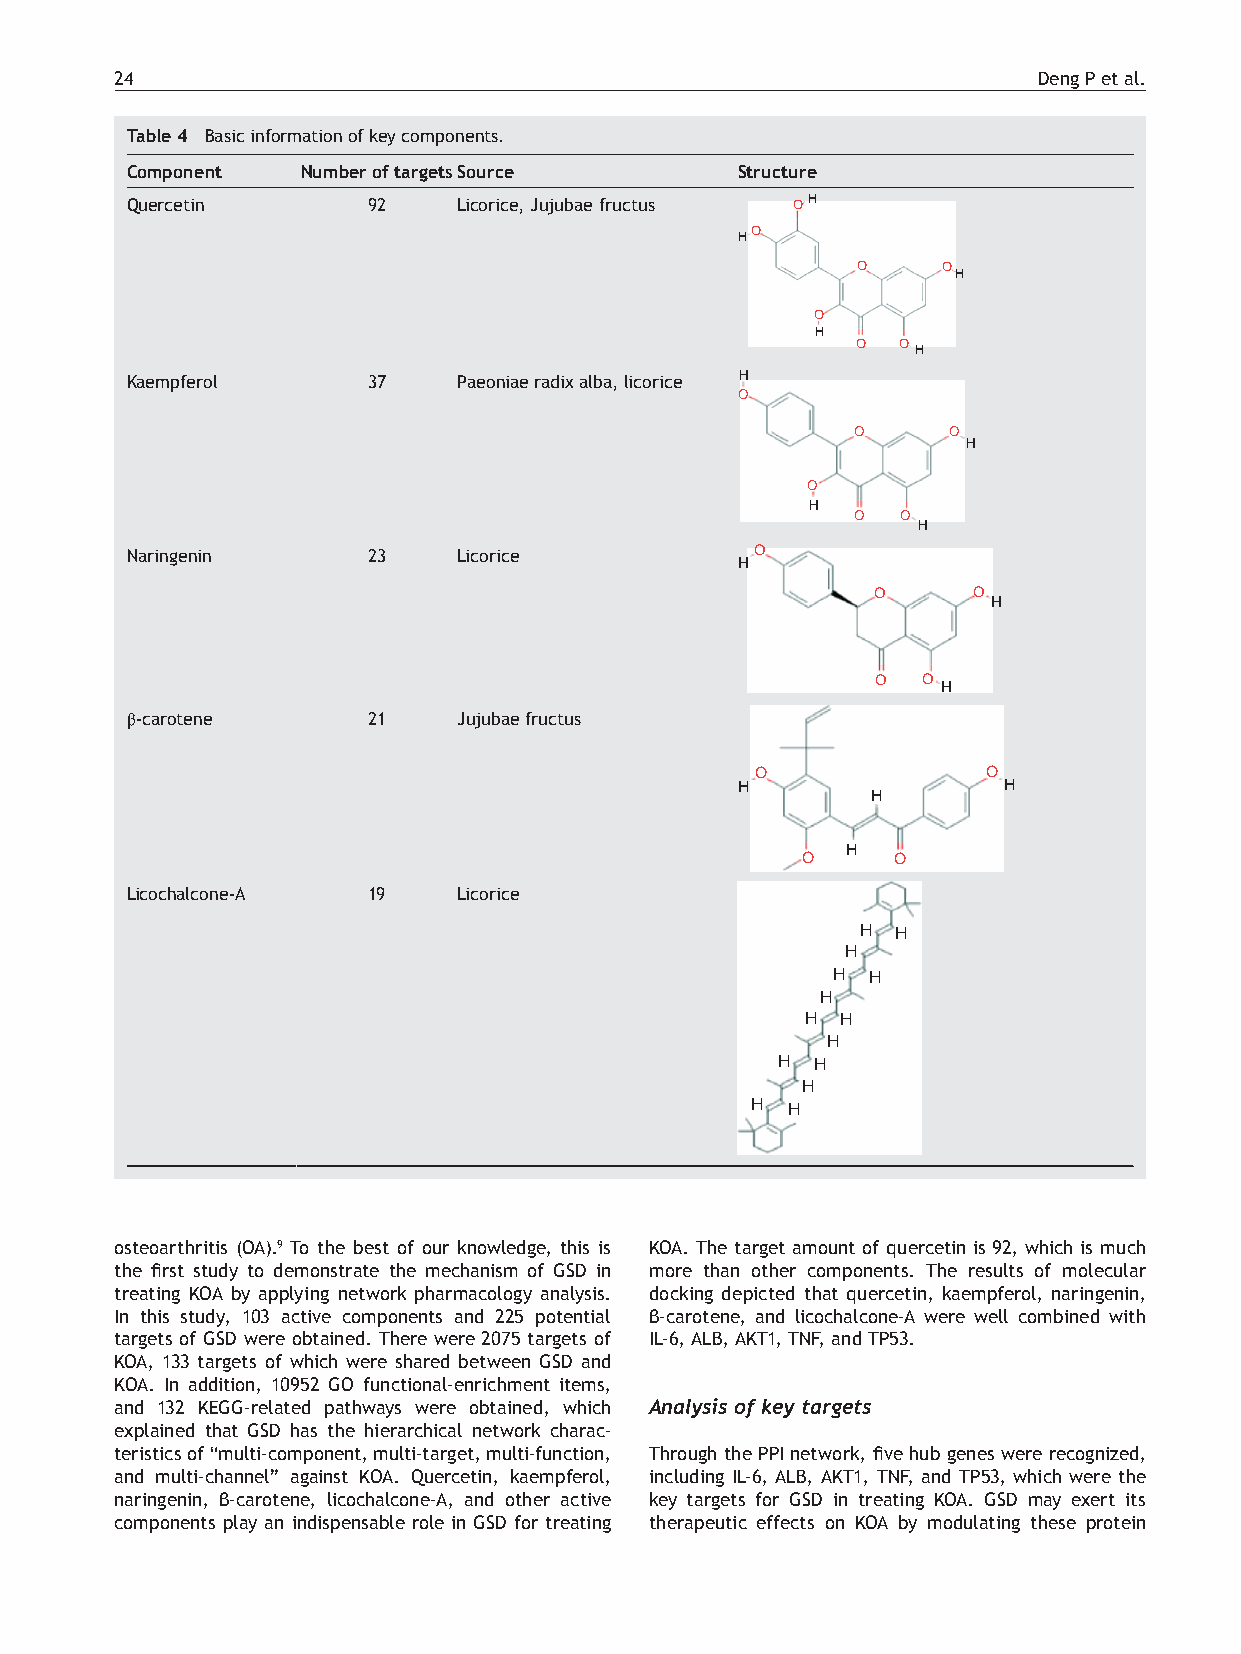
24                                                           Deng P et al.
 Table 4 Basic information of key components.
 Component   Number of targetsSource      Structure
 Quercetin       92    Licorice, Jujubae fructus OH
 O
 H
 O    O
 H
 O
 H
 O  O
 H
 Kaempferol      37    Paeoniae radix alba, licorice H
 O
 O     O
 H
 O
 H
 O  O
 H
 Naringenin      23    Licorice            O
 H
 O     O
 H
 O  O
 H
 β-carotene      21    Jujubae fructus
 O              O
 H                H
 H
 H
 O     O
 Licochalcone-A  19    Licorice
 H H
 H
 H H
 H
 H  H
 H
 H H
 H
 H H
 osteoarthritis (OA).9 To the best of our knowledge, this is KOA. The target amount of quercetin is 92, which is much
 the first study to demonstrate the mechanism of GSD in more than other components. The results of molecular
 treating KOA by applying network pharmacology analysis. docking depicted that quercetin, kaempferol, naringenin,
 In this study, 103 active components and 225 potential β-carotene, and licochalcone-A were well combined with
 targets of GSD were obtained. There were 2075 targets of IL-6, ALB, AKT1, TNF, and TP53.
 KOA, 133 targets of which were shared between GSD and
 KOA. In addition, 10952 GO functional-enrichment items,
 and 132 KEGG-related pathways were obtained, which Analysis of key targets
 explained that GSD has the hierarchical network charac-
 teristics of “multi-component, multi-target, multi-function, Through the PPI network, five hub genes were recognized,
 and multi-channel” against KOA. Quercetin, kaempferol, including IL-6, ALB, AKT1, TNF, and TP53, which were the
 naringenin, β-carotene, licochalcone-A, and other active key targets for GSD in treating KOA. GSD may exert its
 components play an indispensable role in GSD for treating therapeutic effects on KOA by modulating these protein